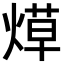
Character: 𬊳